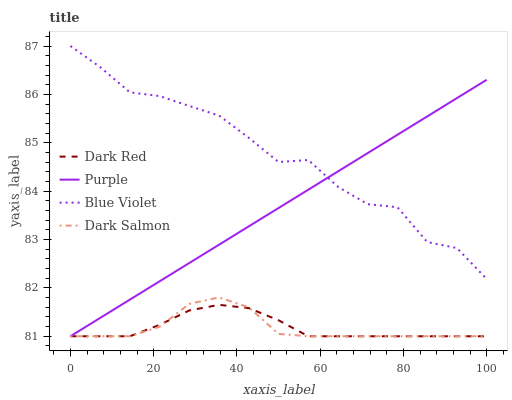
| xaxis_label | Dark Red | Purple | Blue Violet | Dark Salmon |
 | --- | --- | --- | --- | --- |
 | 0 | 81 | 81 | 87 | 81 |
 | 7.14 | 81 | 81.4 | 86.6 | 81 |
 | 14.3 | 81 | 81.8 | 86 | 81 |
 | 21.4 | 81.2 | 82.1 | 86 | 81.2 |
 | 28.6 | 81.5 | 82.5 | 85.8 | 81.7 |
 | 35.7 | 81.6 | 82.9 | 85.6 | 81.8 |
 | 42.9 | 81.6 | 83.3 | 85.1 | 81.6 |
 | 50 | 81.3 | 83.7 | 84.6 | 81 |
 | 57.1 | 81 | 84 | 84.6 | 81 |
 | 64.3 | 81 | 84.4 | 84.1 | 81 |
 | 71.4 | 81 | 84.8 | 83.7 | 81 |
 | 78.6 | 81 | 85.2 | 83.7 | 81 |
 | 85.7 | 81 | 85.5 | 82.9 | 81 |
 | 92.9 | 81 | 85.9 | 82.8 | 81 |
 | 100 | 81 | 86.3 | 82.2 | 81 |